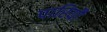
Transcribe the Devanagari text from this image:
पारियौ